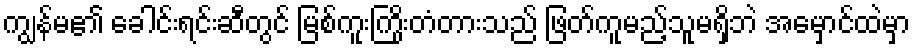
ကျွန်မ၏ ခေါင်းရင်းဆီတွင် မြစ်ကူးကြိုးတံတားသည် ဖြတ်ကူမည့်သူမရှိဘဲ အမှောင်ထဲမှာ